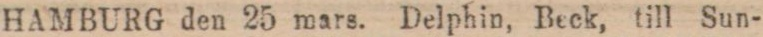
HAMBURG den 25 mars. Delphin, Beck, till Sun-